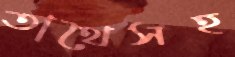
তাথৈসহ